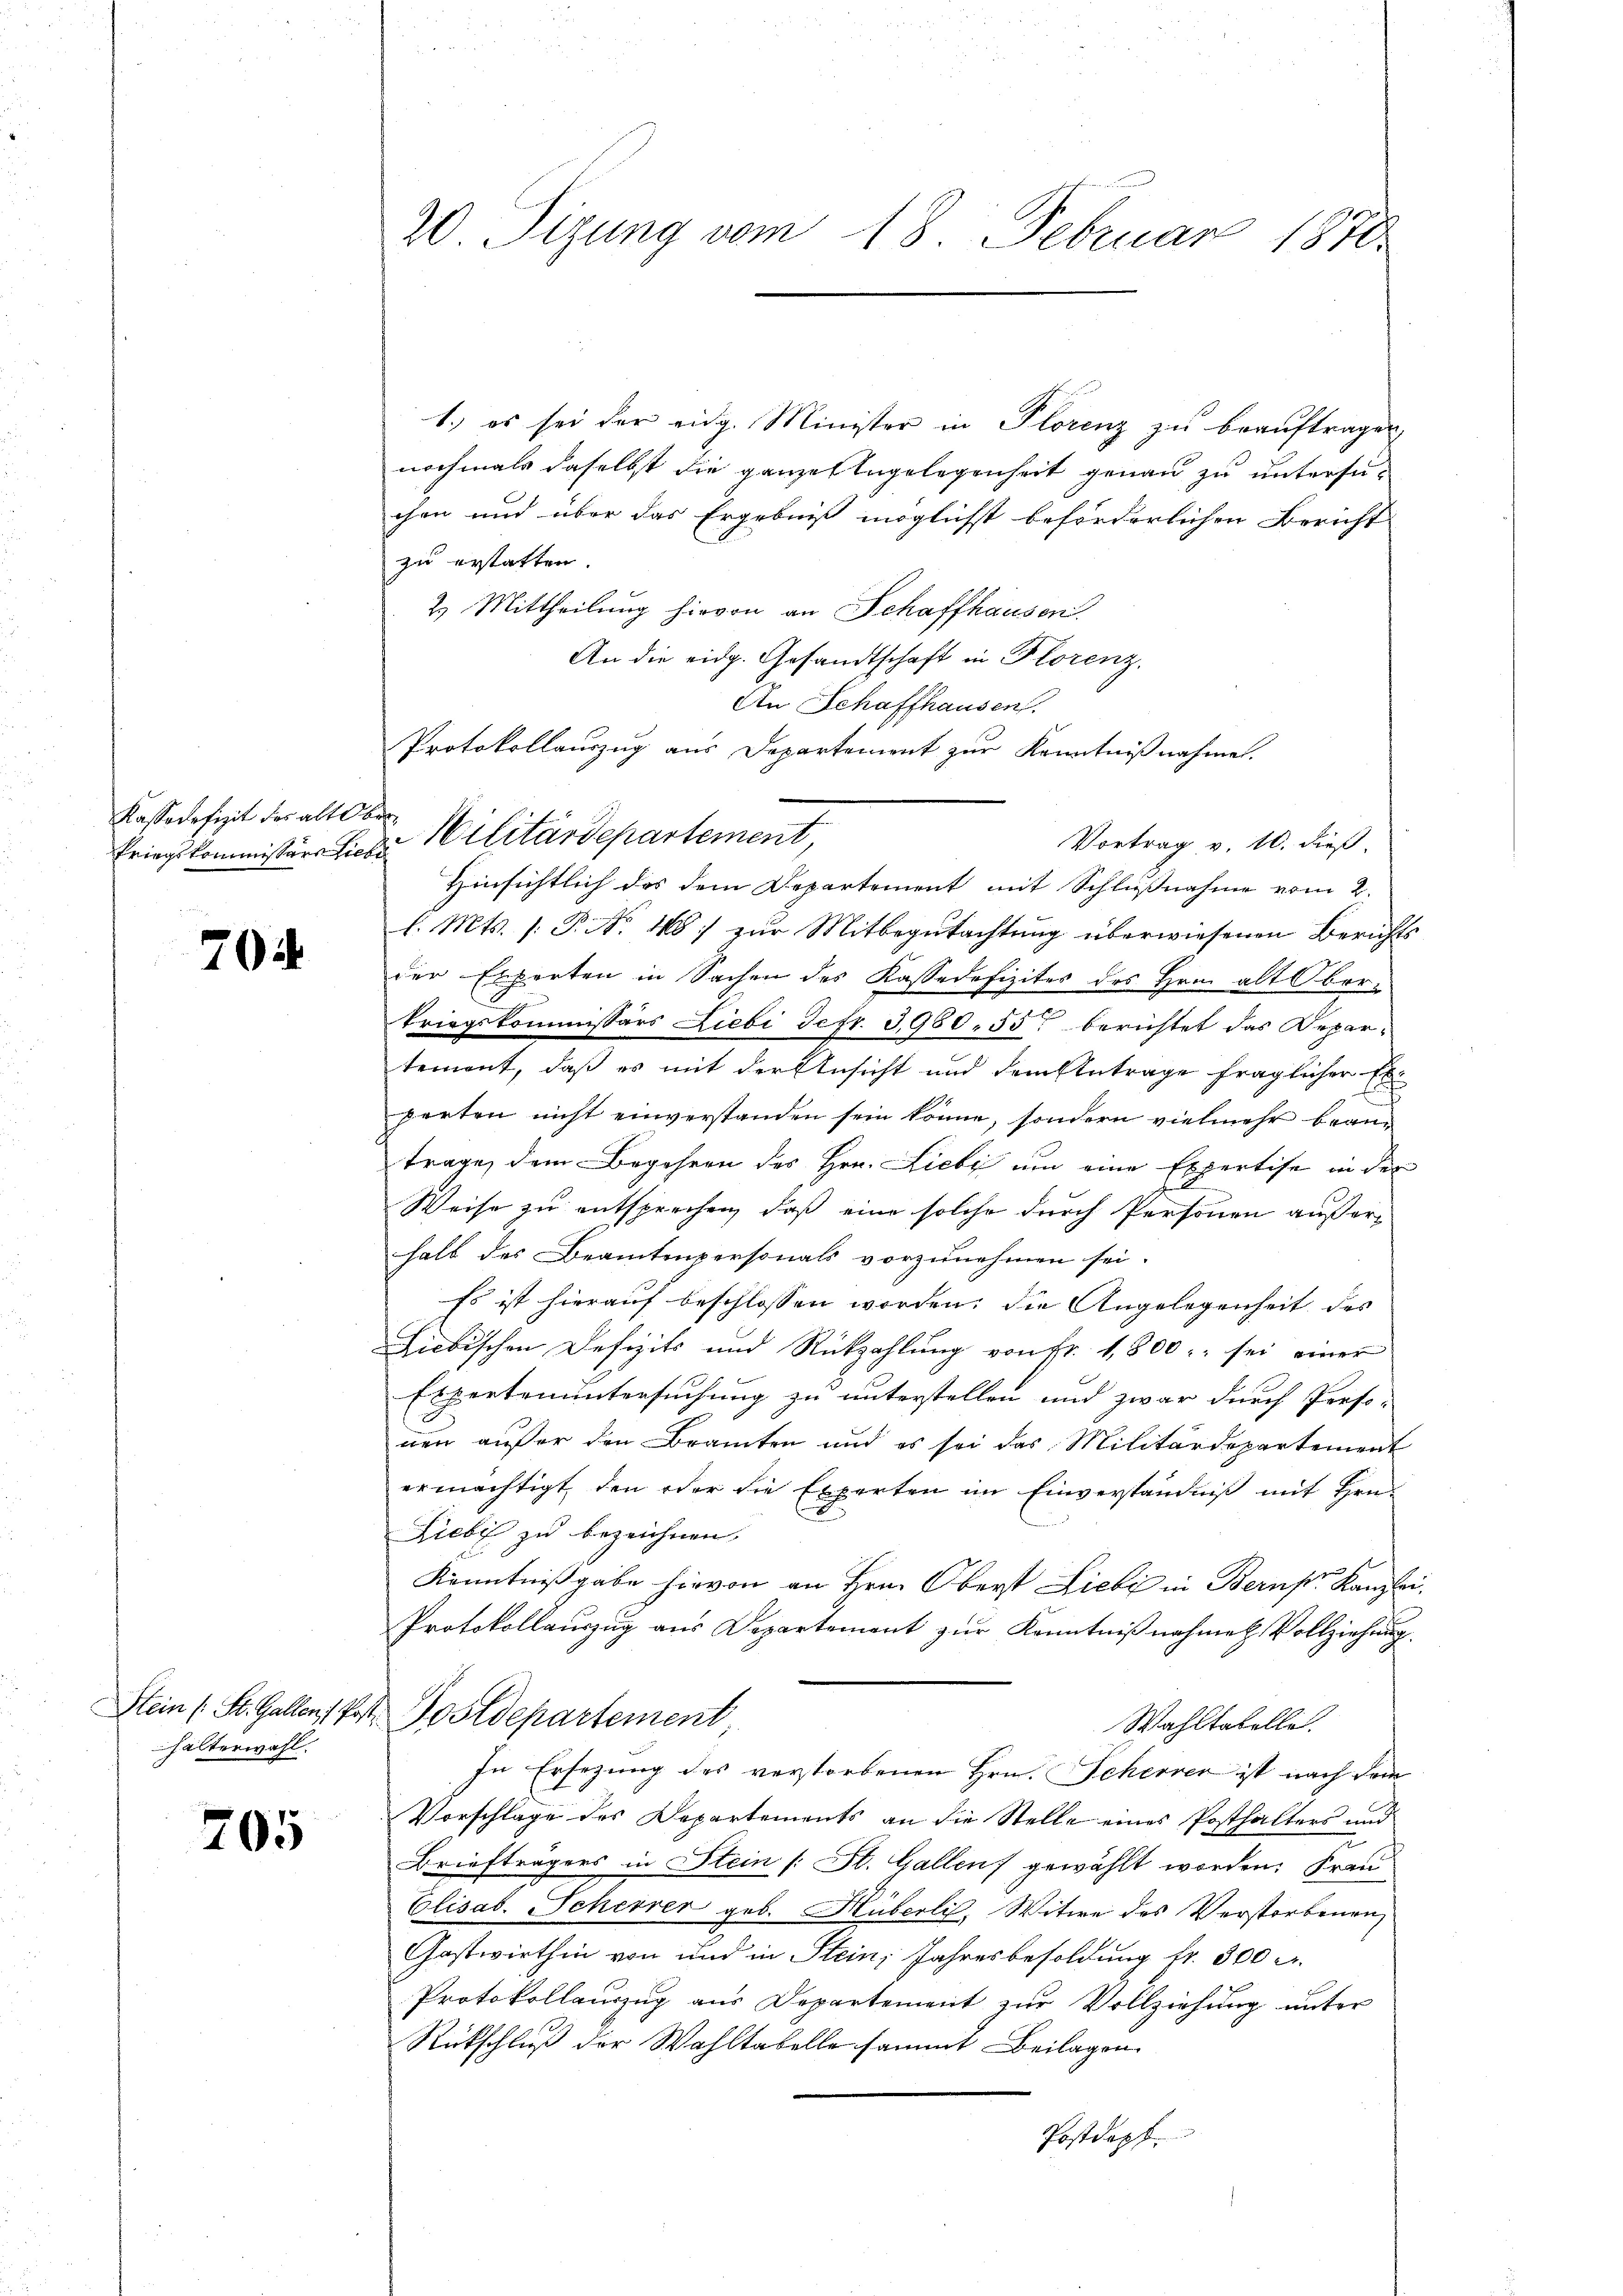
Kassadefizit des alte be

70

halterwahl.

205

20 Tizung vom 18. Februar 1870.

kriegskommissärs Liebe Militärdepartement,

1.) es sei der eidg. Minister in Plorenz zu beauftragen,
nochmals daselbst die ganzen Engelegenheit genau zu untersuchen und über das Ergebniß möglichst beförderlichen Bericht
zu erstatten.
2) Mittheilung hievon an Schaffhausen.
An die eidg. Gesandtschaft in Florenz,
An Schaffhausen.
Protokollauszug aus Departement zur Kenntnißnahmen.
Vortrag v. 10. dieß
Hinsichtlich des dem Departement mit Schlußnahme vom 2.
l. Mts. [: P. Nr. 48 zur Mitbegutachtung überwiesenen Berichts
der Experten in Sachen des Kassadefizites des Hrn. alt Oberkriegskommissärs Liebi Sefr. 3980, 55 berichtet das Departement, daß es mit der Ansicht und dem Eintrage fraglicher Exporten nicht einverstanden sein könne, sondern vielmehr beantrage, dem Begehren des Hrn. Liebe um eine Expertise in der
Weise zu entsprechen, daß eine solche durch Personen außer
halb des Beamtenpersonals vorzunehmen sei.
Es ist hierauf beschlossen worden; die Angelegenheit des
Licbischen Defizits und Rückzahlung von Fr. 1,800 sei einer
Expertenuntersuchung zu unterstellen und zwar durch Proso-
nen außer den Bramten und es sei das Militärdepartement
ermächtigt, den oder die Experten im Einverständniß mit Hrn.
Liebe zu bezeichnen.
Kenntnißgabe hievon an Hrn. Oberst Liebe in Bernst Kanzle
Protokollauszug aus Departement zur Kenntnißnahme Vollziehung
Stein (St. Gallen Post. Postdepartement
Wahltabelle.
In Ersezung des verstorbenen Hrn. Scherer ist nach dem
Vorschlage des Departements an die Stelle eines Posthalters und
Briefträgers in Stein /: St. Gallen gewählt worden: Frau
Clisab. Scherrer geb. Hüberli, Witwe des Verstorbenen
Gastwirthin von und in Stein, Jahresbesoldung fr. 300 r.
Protokollauszug aus Departement zur Vollziehung unter
Rückschluß der Wahltabelle sammt Beilagen
Postdopf